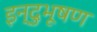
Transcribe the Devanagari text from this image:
इन्दुभूषण